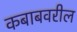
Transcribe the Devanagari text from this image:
कबाबवरील